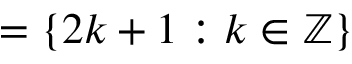
= \{ 2 k + 1 : k \in \mathbb { Z } \}